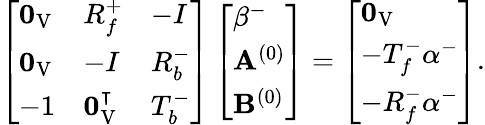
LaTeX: \left[\begin{array}{lll}{\mathbf{0}_{\mathrm{V}}}&{R_{f}^{+}}&{-I}\\ {\mathbf{0}_{\mathrm{V}}}&{-I}&{R_{b}^{-}}\\ {-1}&{\mathbf{0}_{\mathrm{V}}^{\intercal}}&{T_{b}^{-}}\end{array}\right]\left[\begin{array}{l}{\beta^{-}}\\ {\mathbf{A}^{(0)}}\\ {\mathbf{B}^{(0)}}\end{array}\right]=\left[\begin{array}{l}{\mathbf{0}_{\mathrm{V}}}\\ {-T_{f}^{-}\alpha^{-}}\\ {-R_{f}^{-}\alpha^{-}}\end{array}\right].